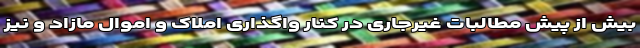
بیش از پیش مطالبات غیرجاری در کنار واگذاری املاک و اموال مازاد و نیز